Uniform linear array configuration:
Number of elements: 32
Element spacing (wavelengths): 1
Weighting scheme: kaiser
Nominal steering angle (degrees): -45
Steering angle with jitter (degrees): -43.639
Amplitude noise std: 0.05
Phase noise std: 0.05

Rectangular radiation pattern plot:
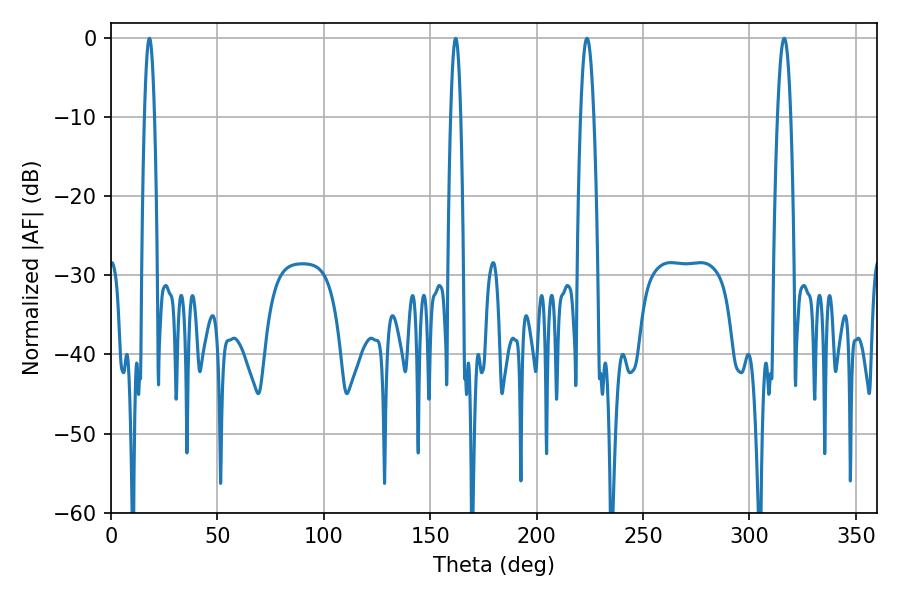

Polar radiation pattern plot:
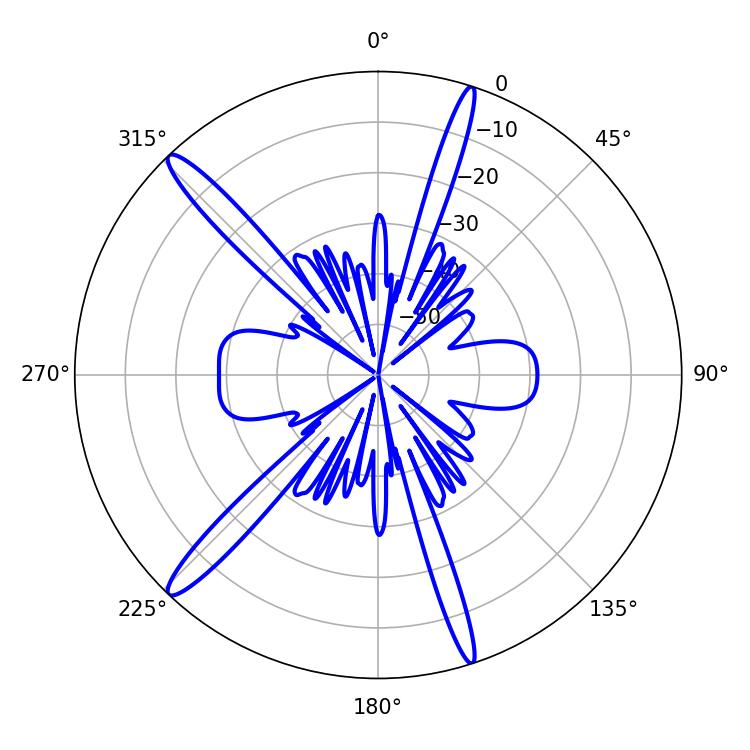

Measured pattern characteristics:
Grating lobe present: TRUE
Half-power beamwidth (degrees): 2.52
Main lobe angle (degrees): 162